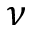
\nu